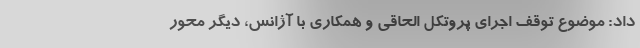
داد: موضوع توقف اجرای پروتکل الحاقی و همکاری با آژانس،‌ دیگر محور